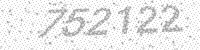
Solution: 752122